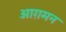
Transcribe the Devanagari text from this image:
आग़मन